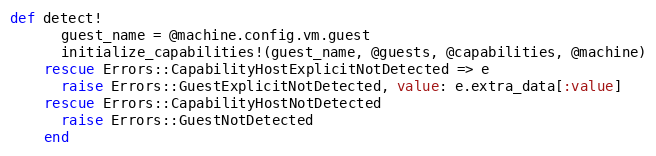
Language: Ruby
def detect!
      guest_name = @machine.config.vm.guest
      initialize_capabilities!(guest_name, @guests, @capabilities, @machine)
    rescue Errors::CapabilityHostExplicitNotDetected => e
      raise Errors::GuestExplicitNotDetected, value: e.extra_data[:value]
    rescue Errors::CapabilityHostNotDetected
      raise Errors::GuestNotDetected
    end